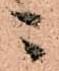
ニ